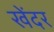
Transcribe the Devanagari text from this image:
खेंदर